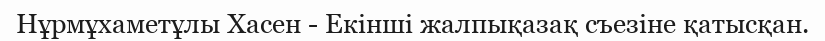
Нұрмұхаметұлы Хасен - Екінші жалпықазақ съезіне қатысқан.